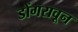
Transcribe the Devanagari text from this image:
डोंगरावून